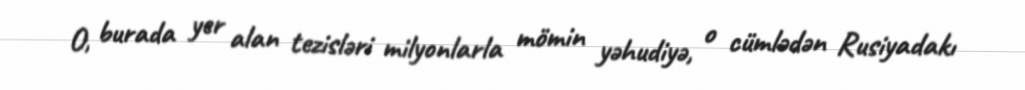
O, burada yer alan tezisləri milyonlarla mömin yəhudiyə, o cümlədən Rusiyadakı